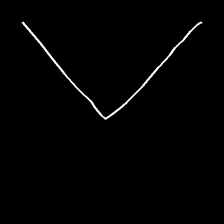
Glyph: region